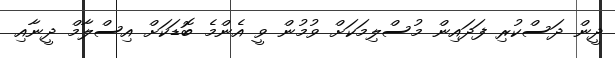
ދީން ދަސްކުރި ފަދައިން މުސްލިމަކަށް ވުމުން ވީ އެންމެ ބޮޑަކަށް އިސްލާމް ދީނާއި